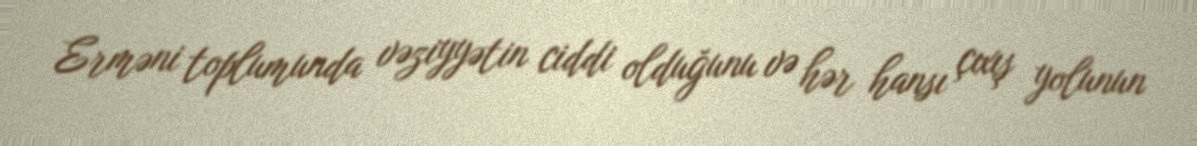
Erməni toplumunda vəziyyətin ciddi olduğunu və hər hansı çıxış yolunun